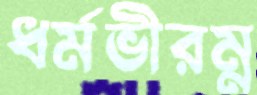
ধর্মভীরম্ন